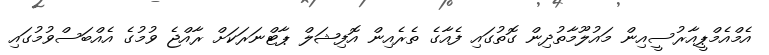
އެމްއެމްޕީއާރުސީއިން މައުލޫމާތުދިން ގޮތުގައި ފެއާގެ ތެރެއިން އޮފިޝަލް ޕާޓްނަރަކަށް ރާއްޖެ ވުމުގެ އެއްބަސްވުމުގައި